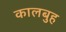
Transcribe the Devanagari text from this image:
कालबुह